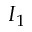
I _ { 1 }